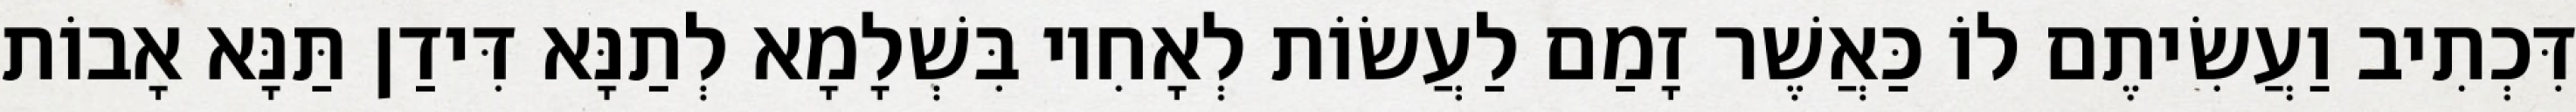
דִּכְתִיב וַעֲשִׂיתֶם לוֹ כַּאֲשֶׁר זָמַם לַעֲשׂוֹת לְאָחִיו בִּשְׁלָמָא לְתַנָּא דִּידַן תַּנָּא אָבוֹת